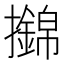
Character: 𢸼